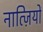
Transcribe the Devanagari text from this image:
नात्ज़ियों